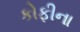
કોફીના